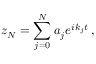
z _ { N } = \sum _ { j = 0 } ^ { N } a _ { j } e ^ { i k _ { j } t } \, ,